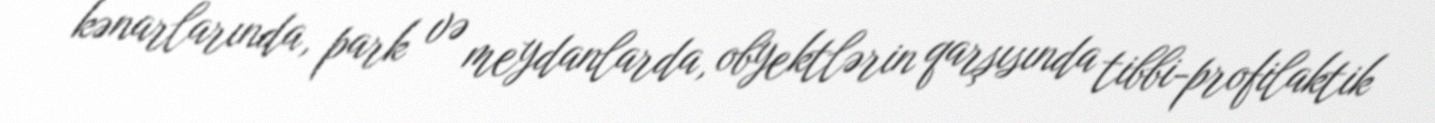
kənarlarında, park və meydanlarda, obyektlərin qarşısında tibbi-profilaktik